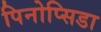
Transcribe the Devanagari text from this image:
पिनोप्सिडा